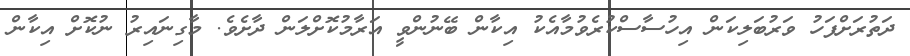
ދަތުރަށްފަހު ވަރުބަލިކަން އިހުސާސްކުރެވުމާއެކު އިކާން ބޭނުންވީ އަރާމުކޮށްލަން ދާށެވެ. މާގިނައިރު ނުކޮށް އިކާން